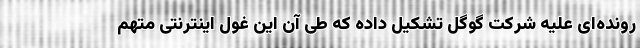
رونده‌ای علیه شرکت گوگل تشکیل داده که طی آن این غول اینترنتی متهم